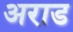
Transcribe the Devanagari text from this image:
अराड